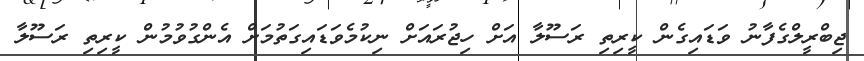
ޖިބްރީލްގެފާނު ވަޑައިގެން ކީރިތި ރަސޫލާ އަށް ހިޖުރައަށް ނިކުމެވަޑައިގަތުމަށް އެންގުވުމުން ކީރިތި ރަސޫލާ